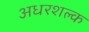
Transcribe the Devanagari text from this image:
अधरशल्क